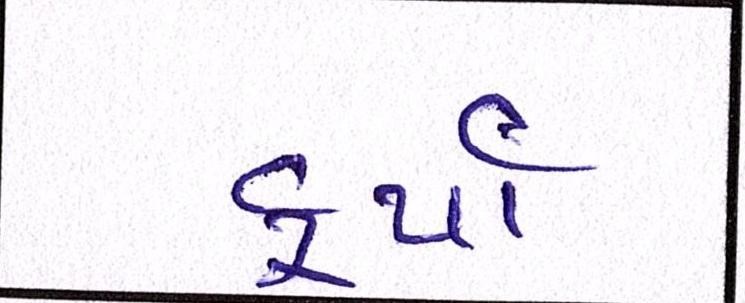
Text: ફર્યા